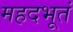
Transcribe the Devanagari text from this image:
महदभूतं